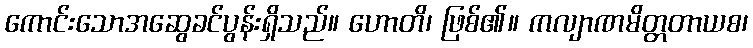
ကောင်းသောအဆွေခင်ပွန်းရှိသည်။ ဟောတိ၊ ဖြစ်၏။ ကလျာဏမိတ္တတာယစ၊